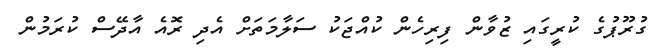
ގުރޫޕުގެ ކުރީގައި ޒުވާން ފިރިހެން ކުއްޖަކު ސަލާމަތަށް އެދި ރޮއެ އާދޭސް ކުރަމުން